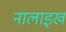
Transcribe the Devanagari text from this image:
नालाइख